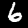
Digit: 6